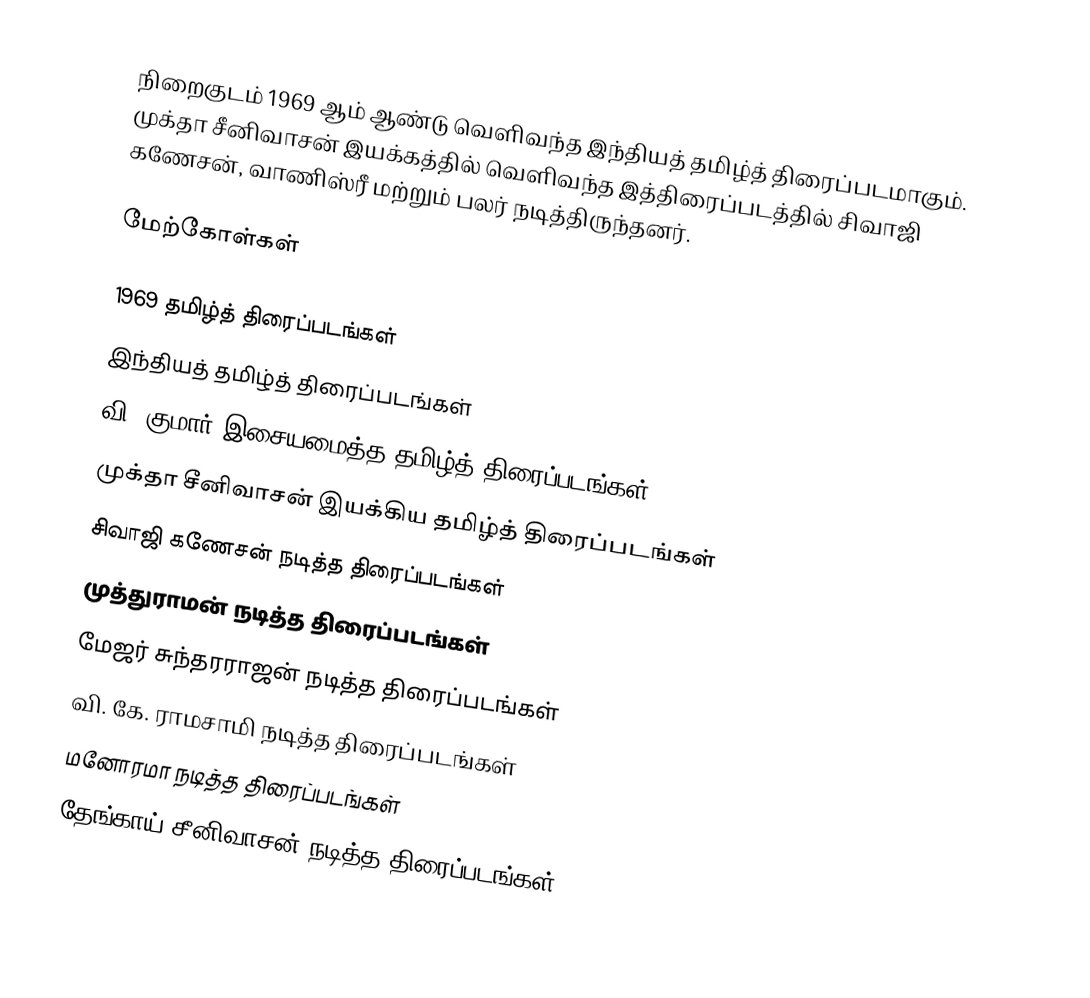
நிறைகுடம் 1969 ஆம் ஆண்டு வெளிவந்த இந்தியத் தமிழ்த் திரைப்படமாகும். முக்தா சீனிவாசன் இயக்கத்தில் வெளிவந்த இத்திரைப்படத்தில் சிவாஜி கணேசன், வாணிஸ்ரீ மற்றும் பலர் நடித்திருந்தனர்.

மேற்கோள்கள்

1969 தமிழ்த் திரைப்படங்கள்
இந்தியத் தமிழ்த் திரைப்படங்கள்
வி. குமார் இசையமைத்த தமிழ்த் திரைப்படங்கள்
முக்தா சீனிவாசன் இயக்கிய தமிழ்த் திரைப்படங்கள்
சிவாஜி கணேசன் நடித்த திரைப்படங்கள்
முத்துராமன் நடித்த திரைப்படங்கள்
மேஜர் சுந்தரராஜன் நடித்த திரைப்படங்கள்
வி. கே. ராமசாமி நடித்த திரைப்படங்கள்
மனோரமா நடித்த திரைப்படங்கள்
தேங்காய் சீனிவாசன் நடித்த திரைப்படங்கள்